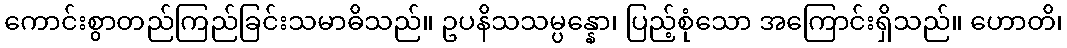
ကောင်းစွာတည်ကြည်ခြင်းသမာဓိသည်။ ဥပနိသသမ္ပန္နော၊ ပြည့်စုံသော အကြောင်းရှိသည်။ ဟောတိ၊